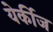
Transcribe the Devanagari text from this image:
येर्कीज